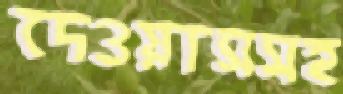
দেওয়াসসহ